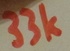
Text: 33k